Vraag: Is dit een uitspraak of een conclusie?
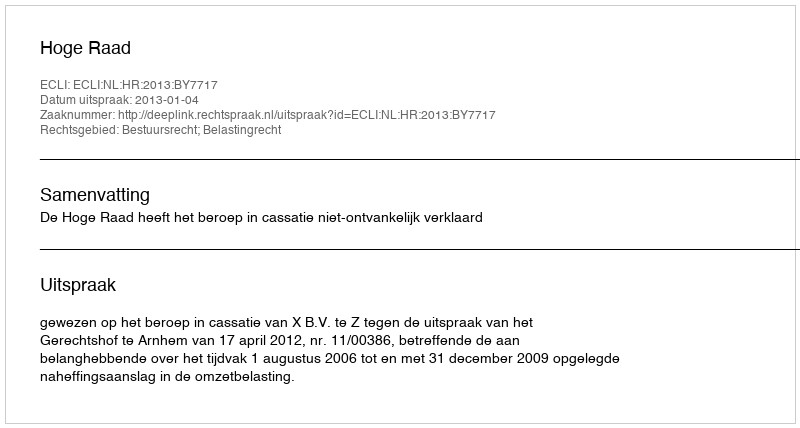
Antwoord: Uitspraak